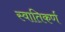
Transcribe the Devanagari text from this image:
स्वातिकर्ण